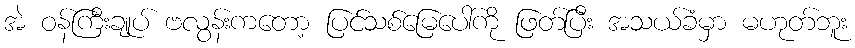
အဲ ဝန်ကြီးချုပ် ဗလွန်းကတော့ ပြင်သစ်မြေပေါ်ကို ဖြတ်ပြီး အသယ်ခံမှာ မဟုတ်ဘူး